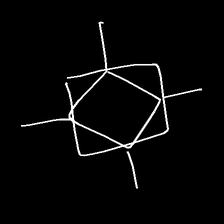
Glyph: light